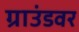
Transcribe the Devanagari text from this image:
ग्राउंडवर